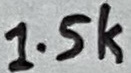
Text: 1.5k